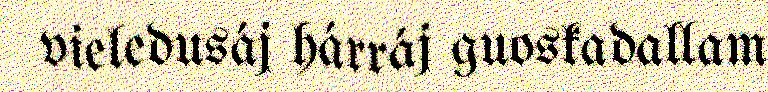
vieledusáj hárráj guoskadallam